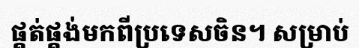
ផ្គត់ផ្គង់មកពីប្រទេសចិន។ សម្រាប់